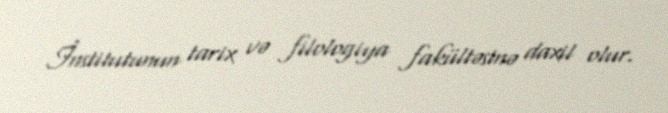
İnstitutunun tarix və filologiya fakültəsinə daxil olur.